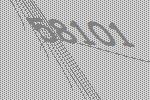
58101